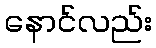
နောင်လည်း